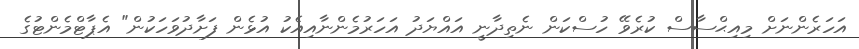
އަހަރެންނަށް މިއިޙްސާސް ކުރެވޭ ހުސްކަން ނެތިދާނީ އައްޔަދު އަހަރުމެންނާއިއެކު އުޅެން ފަށާދުވަހަކުން" އެޕާޓްމެންޓުގެ